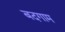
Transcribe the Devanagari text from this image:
बदगाम